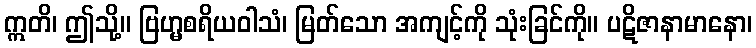
ဣတိ၊ ဤသို့။ ဗြဟ္မစရိယဝါသံ၊ မြတ်သော အကျင့်ကို သုံးခြင်ကို။ ပဋိဇာနာမာနော၊